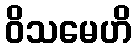
ဝိသမေဟိ